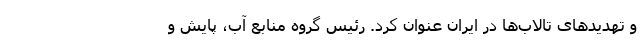
و تهدیدهای تالاب‌ها در ایران عنوان کرد. رئیس گروه منابع آب، پایش و